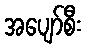
အပျော်စီး